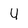
Character: 4